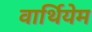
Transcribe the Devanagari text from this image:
वार्थियेम